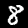
Digit: 8